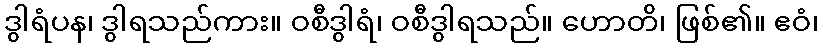
ဒွါရံပန၊ ဒွါရသည်ကား။ ဝစီဒွါရံ၊ ဝစီဒွါရသည်။ ဟောတိ၊ ဖြစ်၏။ ဧဝံ၊